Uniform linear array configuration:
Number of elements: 12
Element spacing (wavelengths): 1
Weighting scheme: hamming
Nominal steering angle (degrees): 15
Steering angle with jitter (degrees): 13.752
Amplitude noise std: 0.05
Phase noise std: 0.05

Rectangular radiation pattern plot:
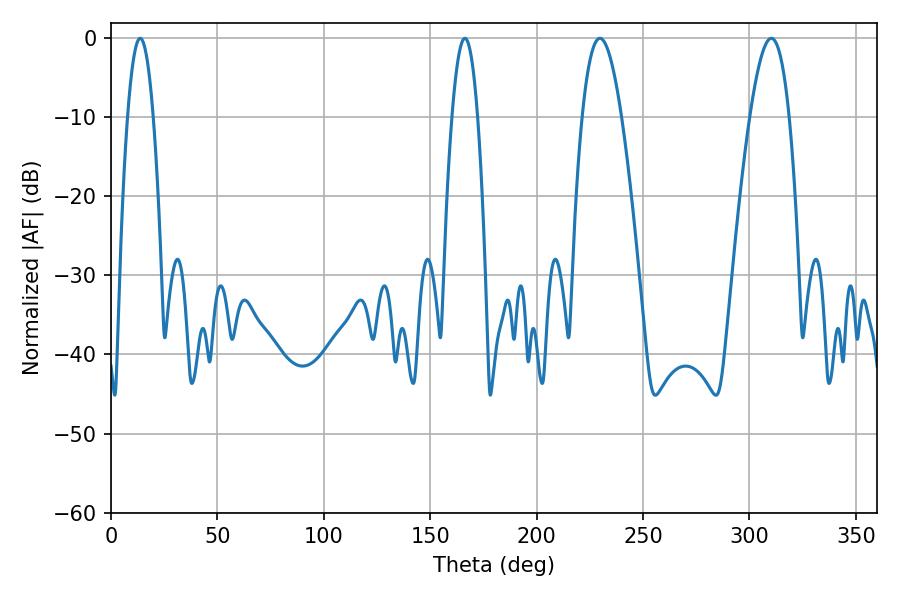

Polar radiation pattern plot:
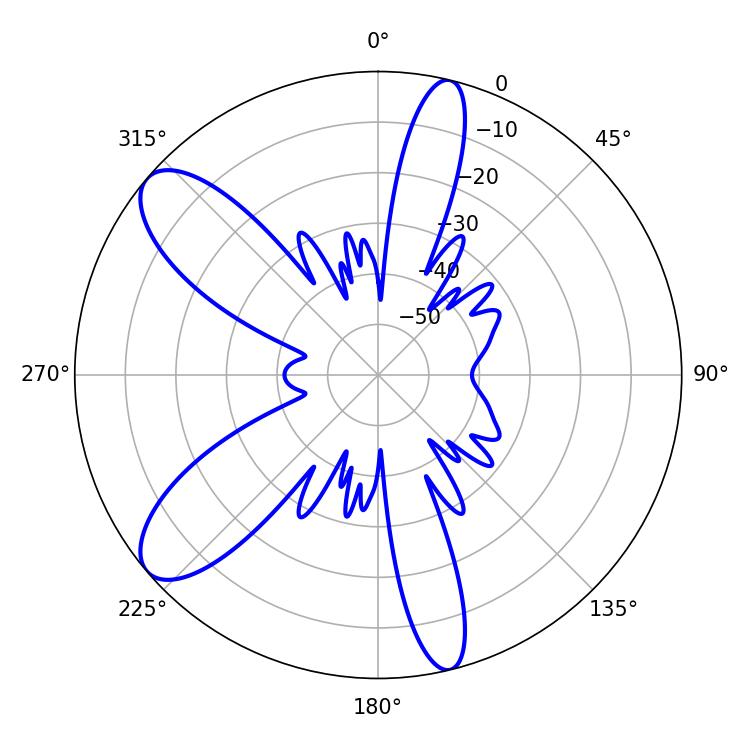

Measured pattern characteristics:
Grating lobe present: TRUE
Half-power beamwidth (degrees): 10.08
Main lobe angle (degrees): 229.68